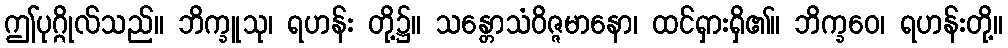
ဤပုဂ္ဂိုလ်သည်။ ဘိက္ခူသု၊ ရဟန်း တို့၌။ သန္တောသံဝိဇ္ဇမာနော၊ ထင်ရှားရှိ၏။ ဘိက္ခဝေ၊ ရဟန်းတို့။